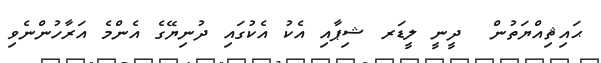
ޙައިޘިއްޔަތުން  ދީނީ ލީޑަރ ޝިޕާއި އެކު އެކުގައި ދުނިޔޭގެ އެންމެ އަރާހުންނެވި